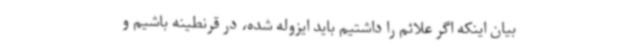
بیان اینکه اگر علائم را داشتیم باید ایزوله شده، در قرنطینه باشیم و